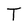
Character: T